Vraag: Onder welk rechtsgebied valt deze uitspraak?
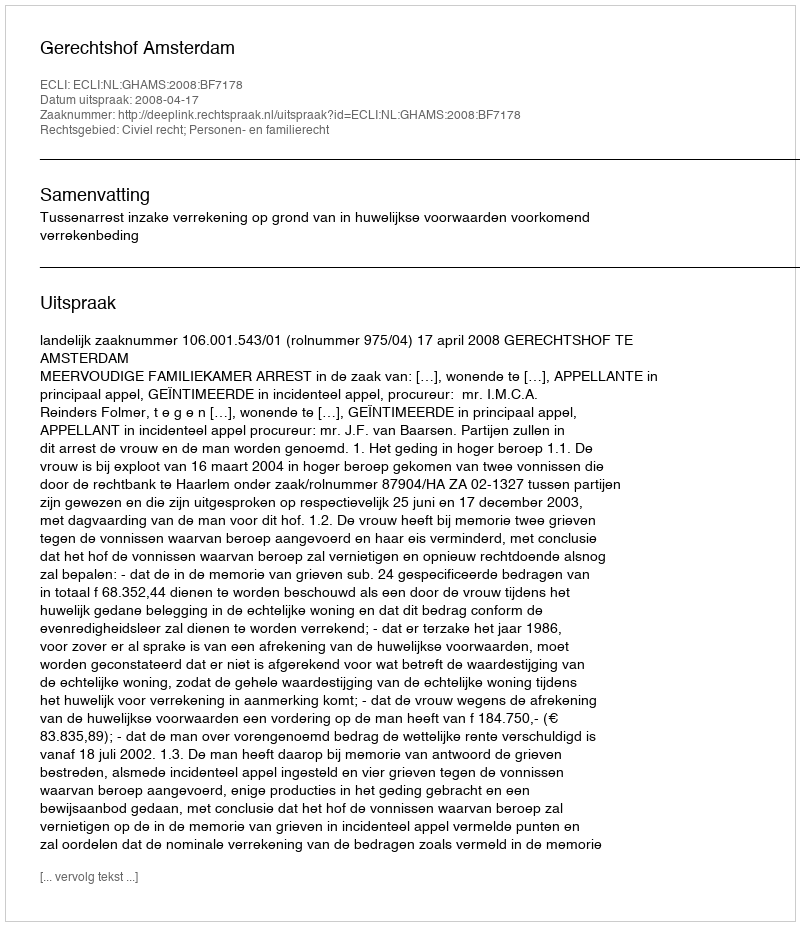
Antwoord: Civiel recht; Personen- en familierecht